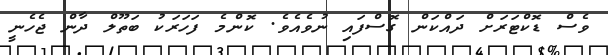
ވެސް ޑޮކްޓަރަށް ދައްކަން ގޮސްފައި ނުވެއެވެ. ކޮންމެ ފަހަރަކު ބަތޫލް ދާން ޖެހެނީ